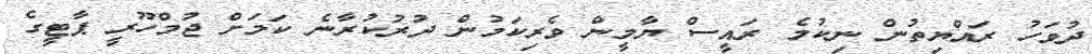
ދުވަހު ރައްޔިތުން ނިކުމެ ރައީސް ޔާމީން ވެރިކަމުން ދުރުކުރާނެ ކަމަށް ޖުމްހޫރީ ޕާޓީގެ